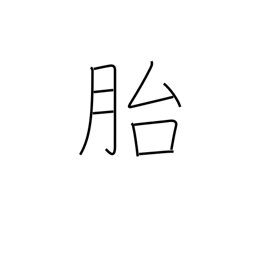
Meaning: womb